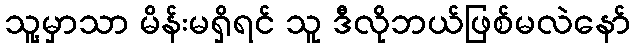
သူ့မှာသာ မိန်းမရှိရင် သူ ဒီလိုဘယ်ဖြစ်မလဲနော်